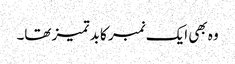
وہ بھی ایک نمبر کا بد تمیز تھا۔